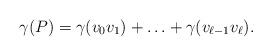
LaTeX: \begin{align*}\gamma(P)=\gamma(v_0v_{1})+\ldots+\gamma(v_{\ell-1}v_\ell).\end{align*}